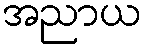
အညာယ